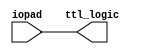
module TTL_buffer(
    input wire iopad,
    output reg ttl_logic
);

assign ttl_logic = iopad;

endmodule